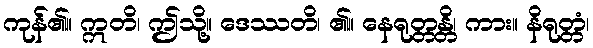
ကုန်၏။ ဣတိ၊ ဤသို့။ ဒေဿတိ၊ ၏။ နေရုတ္တန္တိ၊ ကား။ နိရုတ္တံ၊